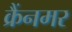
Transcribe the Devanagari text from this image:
क्रैंनमर